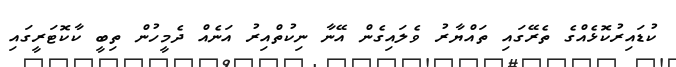
ކުޑައިރުކޮޅެއްގެ ތެރޭގައި ތައްޔާރު ވެލައިގެން އޭނާ ނިކުތްއިރު އަނެއް ދެމީހުން ތިބީ ކާކޮޓަރީގައި